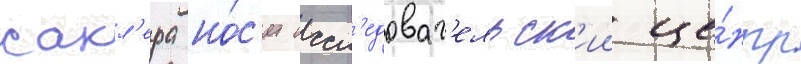
сакл'ера но́с'ит иссл'едоват'ельск'ии це́нтр